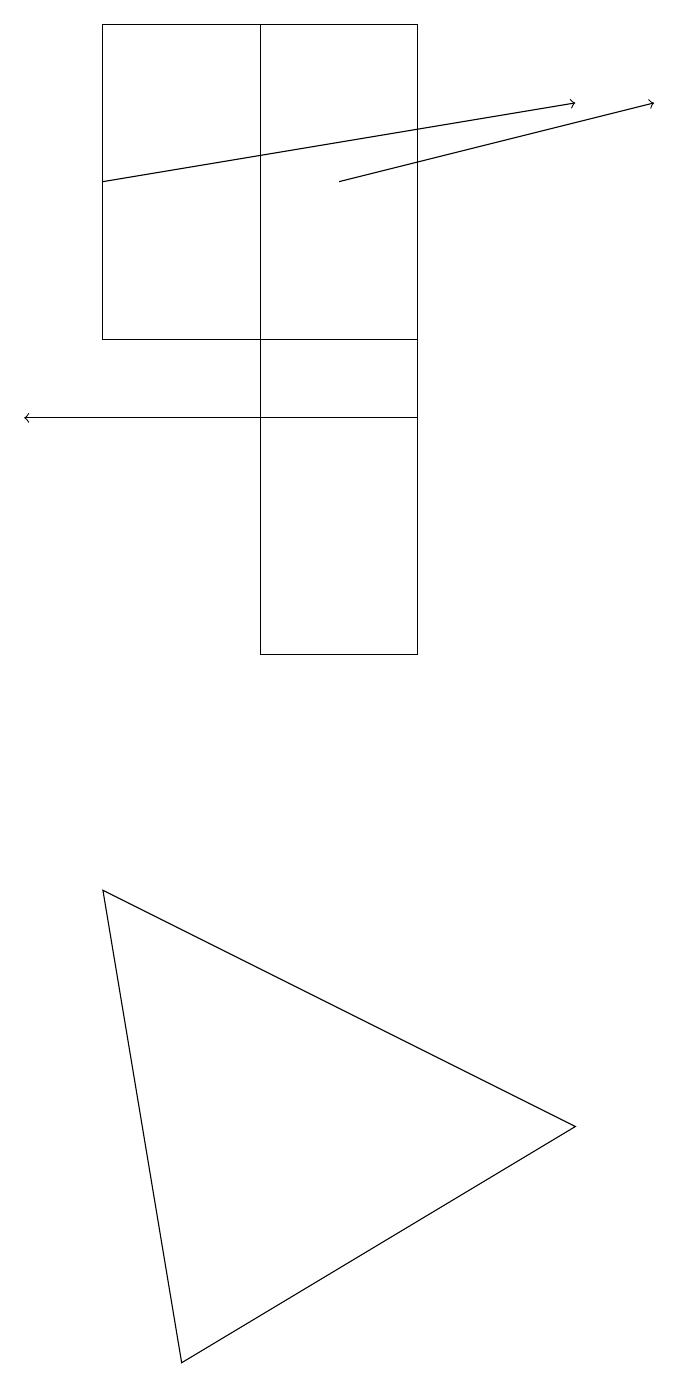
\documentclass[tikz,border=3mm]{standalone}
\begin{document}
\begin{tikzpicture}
\draw (2,1) -- (7,4) -- (1,7) -- cycle;
\draw[->] (1,16) -- (7,17);
\draw[->] (5,13) -- (0,13);
\draw (1,14) rectangle (5,18);
\draw (3,10) rectangle (5,18);
\draw[->] (4,16) -- (8,17);
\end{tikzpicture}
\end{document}